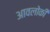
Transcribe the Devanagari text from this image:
आवलोकीं